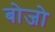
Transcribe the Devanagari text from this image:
बोजो